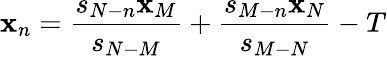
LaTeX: \mathbf{x}_{n}=\frac{{s_{N-n}\mathbf{x}_{M}}}{{s_{N-M}}}+\frac{{s_{M-n}\mathbf{x}_{N}}}{{s_{M-N}}}-T